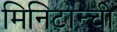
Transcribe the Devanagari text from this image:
मिनिटान्ची